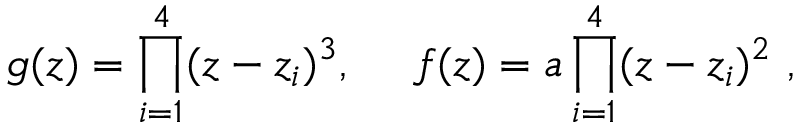
g ( z ) = \prod _ { i = 1 } ^ { 4 } ( z - z _ { i } ) ^ { 3 } , ~ ~ ~ ~ f ( z ) = a \prod _ { i = 1 } ^ { 4 } ( z - z _ { i } ) ^ { 2 } \ ,